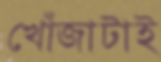
খোঁজাটাই